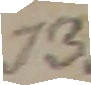
73.